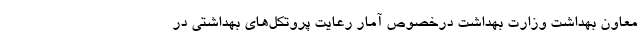
معاون بهداشت وزارت بهداشت درخصوص آمار رعایت پروتکل‌های بهداشتی در